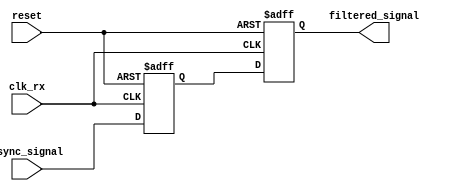
module meta_stability_filter (
    input wire clk_rx,          // Receiving clock
    input wire async_signal,    // Asynchronous input signal
    input wire reset,           // Optional reset signal
    output reg filtered_signal   // Filtered output signal
);

    // Internal signals for the two flip-flops
    reg ff1_out;               // Output of the first flip-flop

    // Dual Flip-Flop Synchronizer
    always @(posedge clk_rx or posedge reset) begin
        if (reset) begin
            ff1_out <= 1'b0;   // Initialize FF1 output to 0 on reset
            filtered_signal <= 1'b0; // Initialize filtered output to 0 on reset
        end else begin
            ff1_out <= async_signal; // Sample async_signal in FF1
            filtered_signal <= ff1_out; // Sample FF1 output in FF2
        end
    end

endmodule